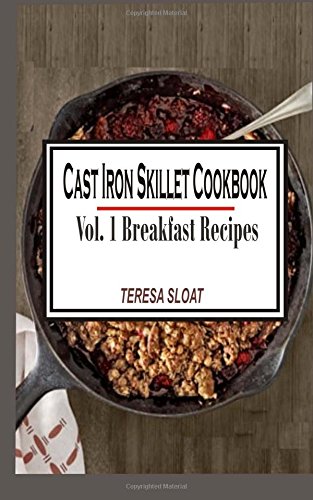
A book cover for Cast Iron Skillet Cookbook: Vol.1 Breakfast Recipes; Teresa Sloat; Cookbooks, Food & Wine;